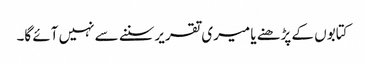
کتابوں کے پڑھنے یا میری تقریرسننے سے نہیں آئے گا۔